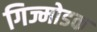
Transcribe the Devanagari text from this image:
गिज्मोडक